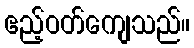
ဧည့်ဝတ်ကျေသည်။